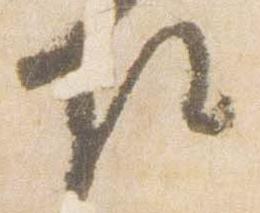
任